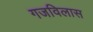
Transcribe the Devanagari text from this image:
गजविलास